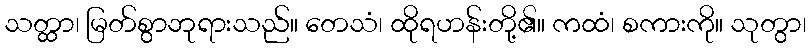
သတ္ထာ၊ မြတ်စွာဘုရားသည်။ တေသံ၊ ထိုရဟန်းတို့၏။ ကထံ၊ စကားကို။ သုတွာ၊